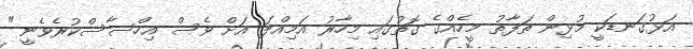
އަޅުގަނޑަކީ މުޅިން ތަފާތު މީހެއްގެ ގޮތުގައި މިހާރު އަމިއްލަ އަށް ވެސް އިހްސާސްކުރެވެނީ"